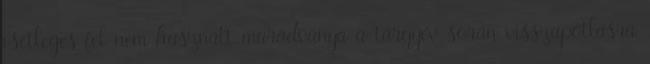
esetleges fel nem használt maradványa a tárgyév során visszapótlásra